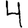
Digit: 4